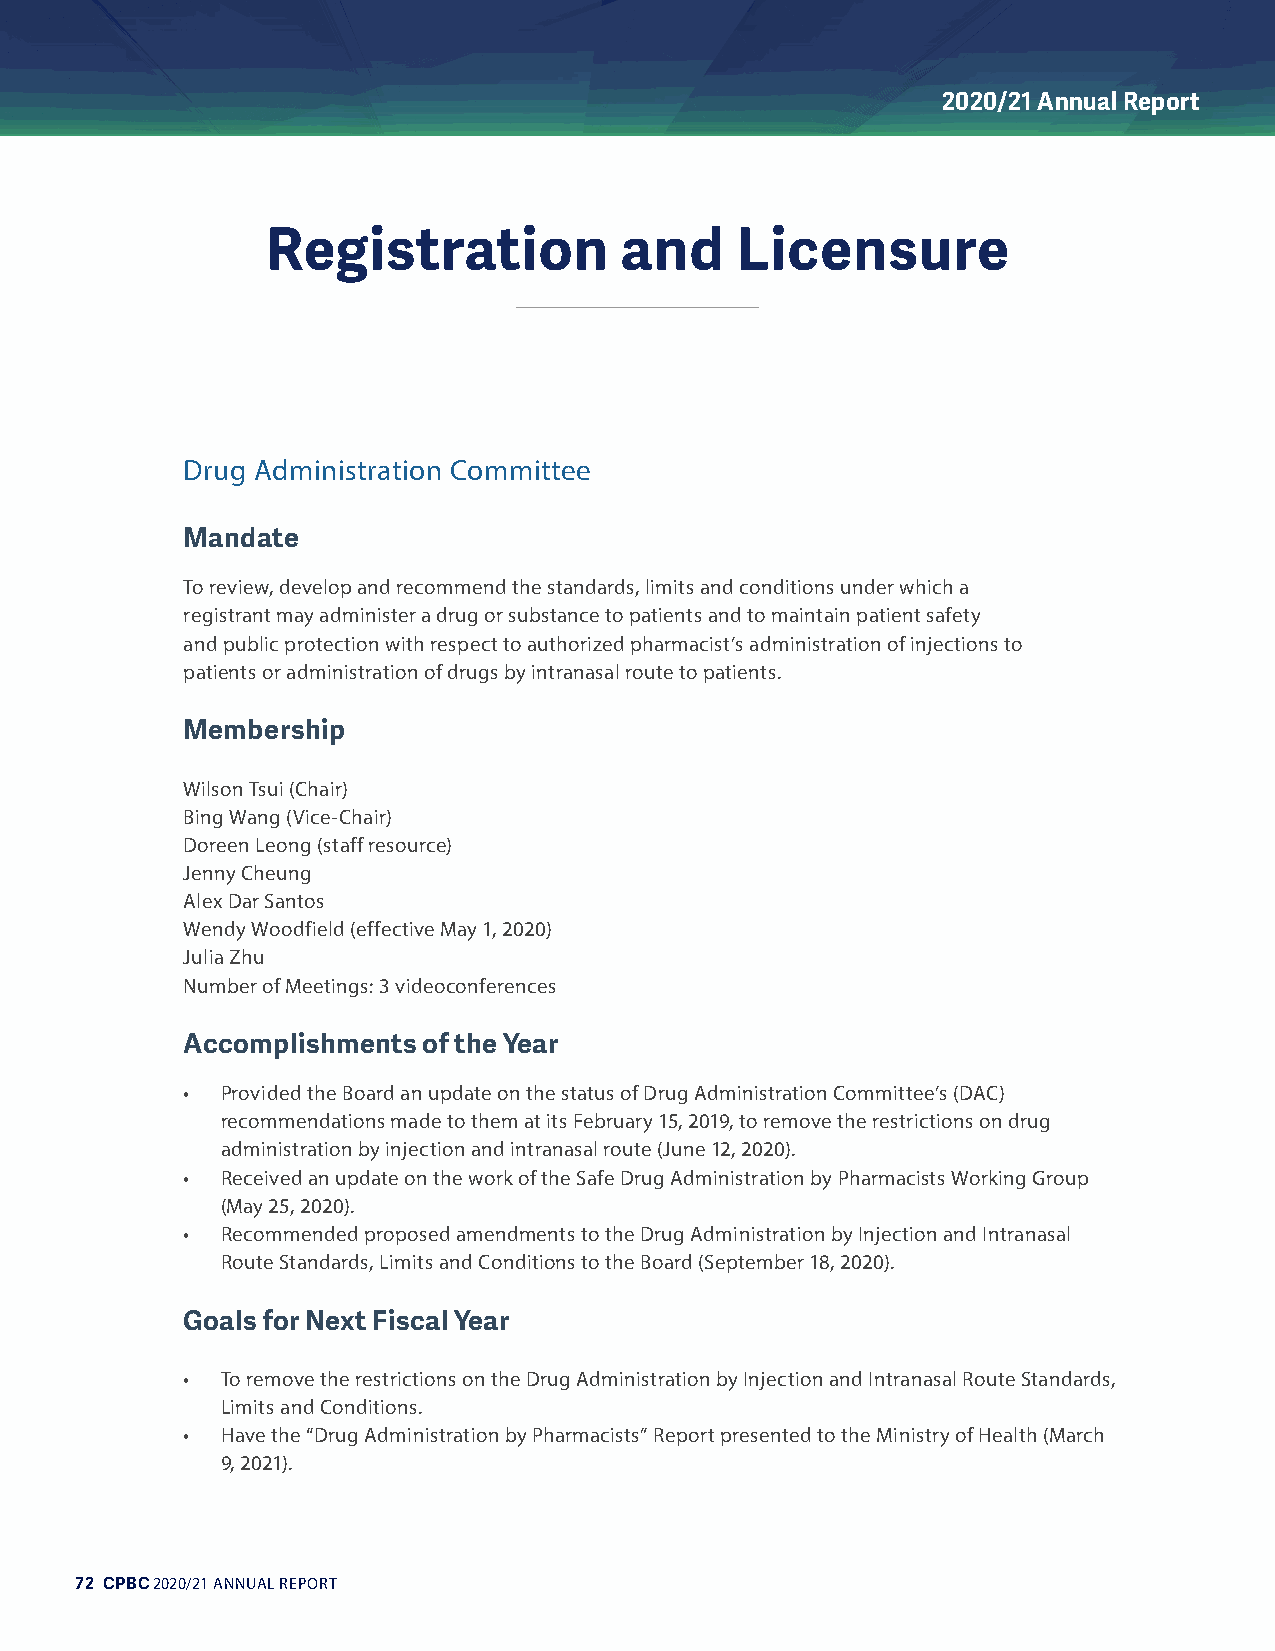
2020/21 Annual Report
 Registration           and     Licensure
 Drug Administration Committee
 Mandate
 To review, develop and recommend the standards, limits and conditions under which a
 registrant may administer a drug or substance to patients and to maintain patient safety
 and public protection with respect to authorized pharmacist’s administration of injections to
 patients or administration of drugs by intranasal route to patients.
 Membership
 Wilson Tsui (Chair)
 Bing Wang (Vice-Chair)
 Doreen Leong (staff resource)
 Jenny Cheung
 Alex Dar Santos
 Wendy Woodfield (effective May 1, 2020)
 Julia Zhu
 Number of Meetings: 3 videoconferences
 Accomplishments of the Year
 •  Provided the Board an update on the status of Drug Administration Committee’s (DAC)
 recommendations made to them at its February 15, 2019, to remove the restrictions on drug
 administration by injection and intranasal route (June 12, 2020).
 •  Received an update on the work of the Safe Drug Administration by Pharmacists Working Group
 (May 25, 2020).
 •  Recommended proposed amendments to the Drug Administration by Injection and Intranasal
 Route Standards, Limits and Conditions to the Board (September 18, 2020).
 Goals for Next Fiscal Year
 •  To remove the restrictions on the Drug Administration by Injection and Intranasal Route Standards,
 Limits and Conditions.
 •  Have the “Drug Administration by Pharmacists” Report presented to the Ministry of Health (March
 9, 2021).
 72 CPBC 2020/21 ANNUAL REPORT